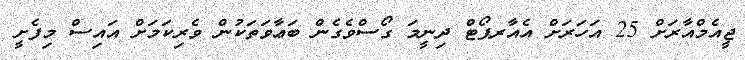
ޖީއެމްއާރަށް 25 އަހަރަށް އެއާރޕޯޓް ދިނީމަ ގޯސްވެގެން ބަޢާވަތަކުން ވެރިކަމަށް އައިސް މިފެށީ